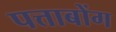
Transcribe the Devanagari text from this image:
पत्ताबोंग